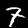
Digit: 7